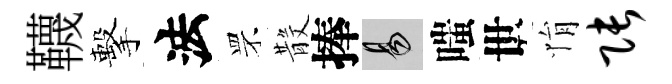
韈擊法罘𣪚捧易嗤世悁张